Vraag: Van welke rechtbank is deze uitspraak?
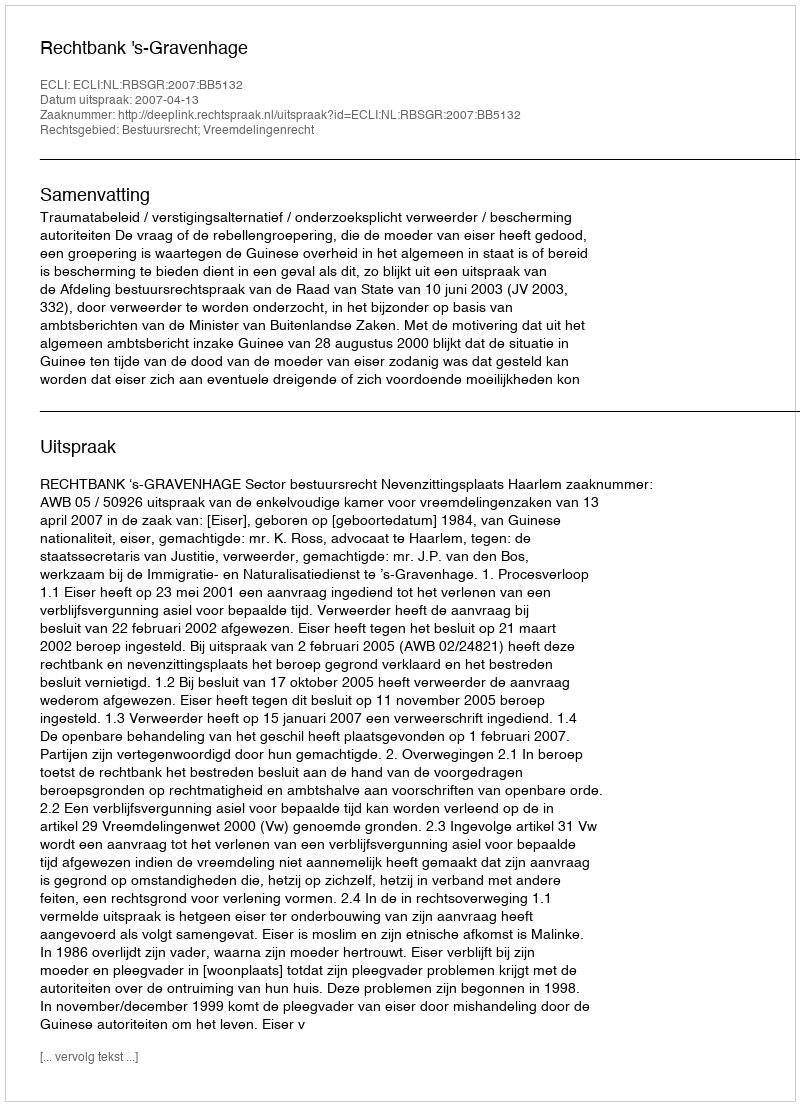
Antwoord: Rechtbank 's-Gravenhage